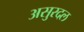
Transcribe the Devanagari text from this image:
असुरदल